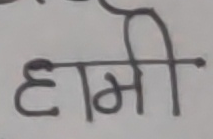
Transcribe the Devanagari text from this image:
हामी